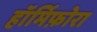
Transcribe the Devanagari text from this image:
हॉर्मिफ़ोरा